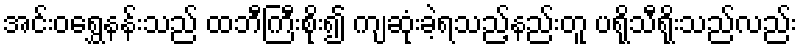
အင်းဝရွှေနန်းသည် ထဘီကြီးစိုး၍ ကျဆုံးခဲ့ရသည့်နည်းတူ ပရိုသီရိုးသည်လည်း